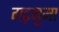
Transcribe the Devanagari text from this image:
गढ़नुमा